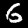
Digit: 6